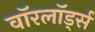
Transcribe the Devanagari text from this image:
वाॅरलाॅर्ड्स